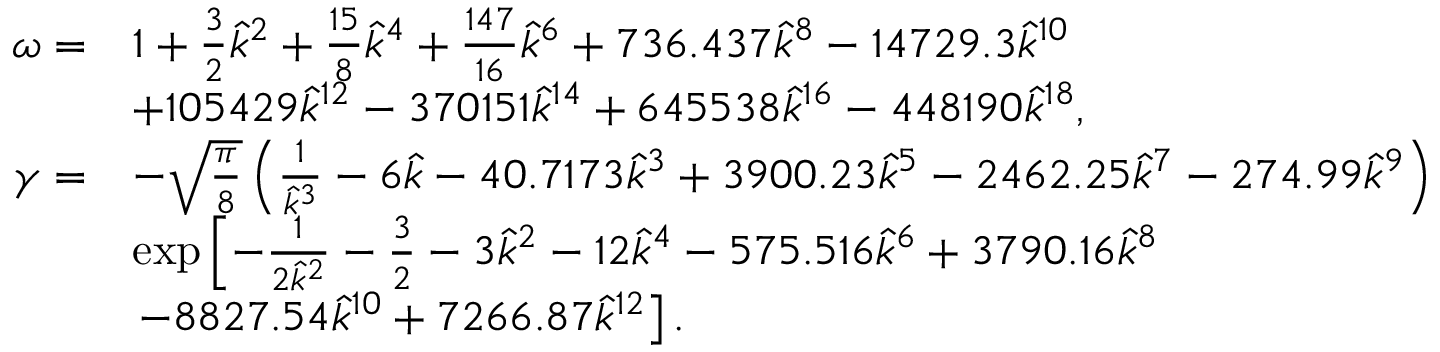
\begin{array} { r l } { \omega = } & { 1 + \frac { 3 } { 2 } \hat { k } ^ { 2 } + \frac { 1 5 } { 8 } \hat { k } ^ { 4 } + \frac { 1 4 7 } { 1 6 } \hat { k } ^ { 6 } + 7 3 6 . 4 3 7 \hat { k } ^ { 8 } - 1 4 7 2 9 . 3 \hat { k } ^ { 1 0 } } \\ & { + 1 0 5 4 2 9 \hat { k } ^ { 1 2 } - 3 7 0 1 5 1 \hat { k } ^ { 1 4 } + 6 4 5 5 3 8 \hat { k } ^ { 1 6 } - 4 4 8 1 9 0 \hat { k } ^ { 1 8 } , } \\ { \gamma = } & { - \sqrt { \frac { \pi } { 8 } } \left( \frac { 1 } { \hat { k } ^ { 3 } } - 6 \hat { k } - 4 0 . 7 1 7 3 \hat { k } ^ { 3 } + 3 9 0 0 . 2 3 \hat { k } ^ { 5 } - 2 4 6 2 . 2 5 \hat { k } ^ { 7 } - 2 7 4 . 9 9 \hat { k } ^ { 9 } \right) } \\ & { \exp \left[ - \frac { 1 } { 2 \hat { k } ^ { 2 } } - \frac { 3 } { 2 } - 3 \hat { k } ^ { 2 } - 1 2 \hat { k } ^ { 4 } - 5 7 5 . 5 1 6 \hat { k } ^ { 6 } + 3 7 9 0 . 1 6 \hat { k } ^ { 8 } \right. } \\ & { \left. - 8 8 2 7 . 5 4 \hat { k } ^ { 1 0 } + 7 2 6 6 . 8 7 \hat { k } ^ { 1 2 } \right] . } \end{array}